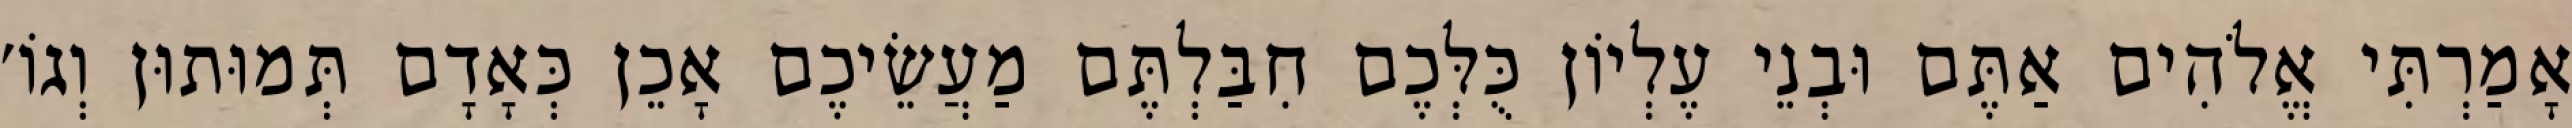
אָמַרְתִּי אֱלֹהִים אַתֶּם וּבְנֵי עֶלְיוֹן כֻּלְּכֶם חִבַּלְתֶּם מַעֲשֵׂיכֶם אָכֵן כְּאָדָם תְּמוּתוּן וְגוֹ׳